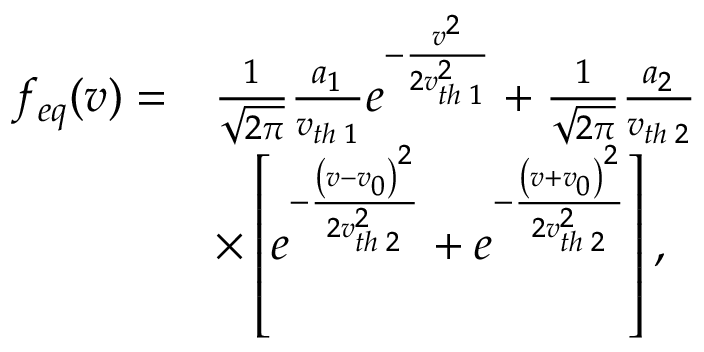
\begin{array} { r l } { f _ { e q } ( v ) = } & { \frac { 1 } { \sqrt { 2 \pi } } \frac { a _ { 1 } } { v _ { t h \; 1 } } e ^ { - \frac { v ^ { 2 } } { 2 v _ { t h \; 1 } ^ { 2 } } } + \frac { 1 } { \sqrt { 2 \pi } } \frac { a _ { 2 } } { v _ { t h \; 2 } } } \\ & { \times \left[ e ^ { - \frac { \left( v - v _ { 0 } \right) ^ { 2 } } { 2 v _ { t h \; 2 } ^ { 2 } } } + e ^ { - \frac { \left( v + v _ { 0 } \right) ^ { 2 } } { 2 v _ { t h \; 2 } ^ { 2 } } } \right] , } \end{array}